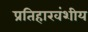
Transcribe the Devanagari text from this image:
प्रतिहारवंशीय